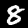
Digit: 8